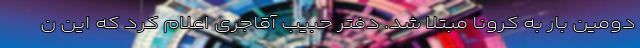
دومین بار به کرونا مبتلا شد. دفتر حبیب آقاجری اعلام‌ کرد که این ن